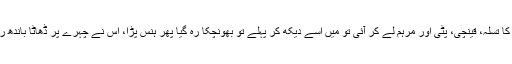
وہ پانی کا تسلہ، قینچی، پٹی اور مرہم لے کر آئی تو میں اسے دیکھ کر پہلے تو بھونچکا رہ گیا پھر ہنس پڑا، اس نے چہرے پر ڈھاٹا باندھ رکھا تھا۔